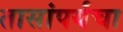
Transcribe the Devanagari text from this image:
तासांपर्यंचा